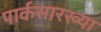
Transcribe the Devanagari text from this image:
पार्कसारख्या